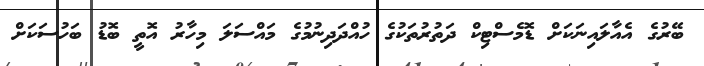
ބޭރުގެ އެއާލައިނަކަށް ޑޮމެސްޓިކް ދަތުރުތަކުގެ ހުއްދަދިނުމުގެ މައްސަލަ މިހާރު އޮތީ ބޮޑު ބަހުސަކަށް